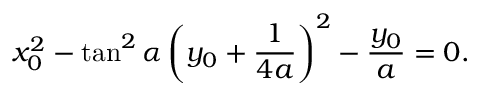
x _ { 0 } ^ { 2 } - \tan ^ { 2 } \alpha \left( y _ { 0 } + { \frac { 1 } { 4 a } } \right) ^ { 2 } - { \frac { y _ { 0 } } { a } } = 0 .